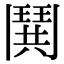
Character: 鬨